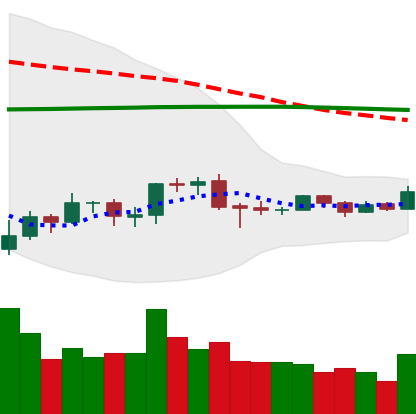
Ticker: EOS-USD
Chart end date: 2019-08-05
Forward return: -9.334%
Label: down_7plus